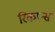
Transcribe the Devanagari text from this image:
रिकान्स